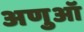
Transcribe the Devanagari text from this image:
अणुऑ